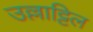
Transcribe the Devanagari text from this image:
उल्लाट्टिल